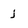
Character: j